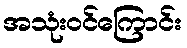
အသုံးဝင်ကြောင်း